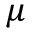
\mu